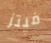
فيتز